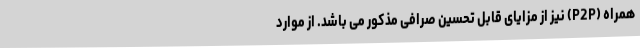
همراه (P2P) نیز از مزایای قابل تحسین صرافی مذکور می باشد. از موارد